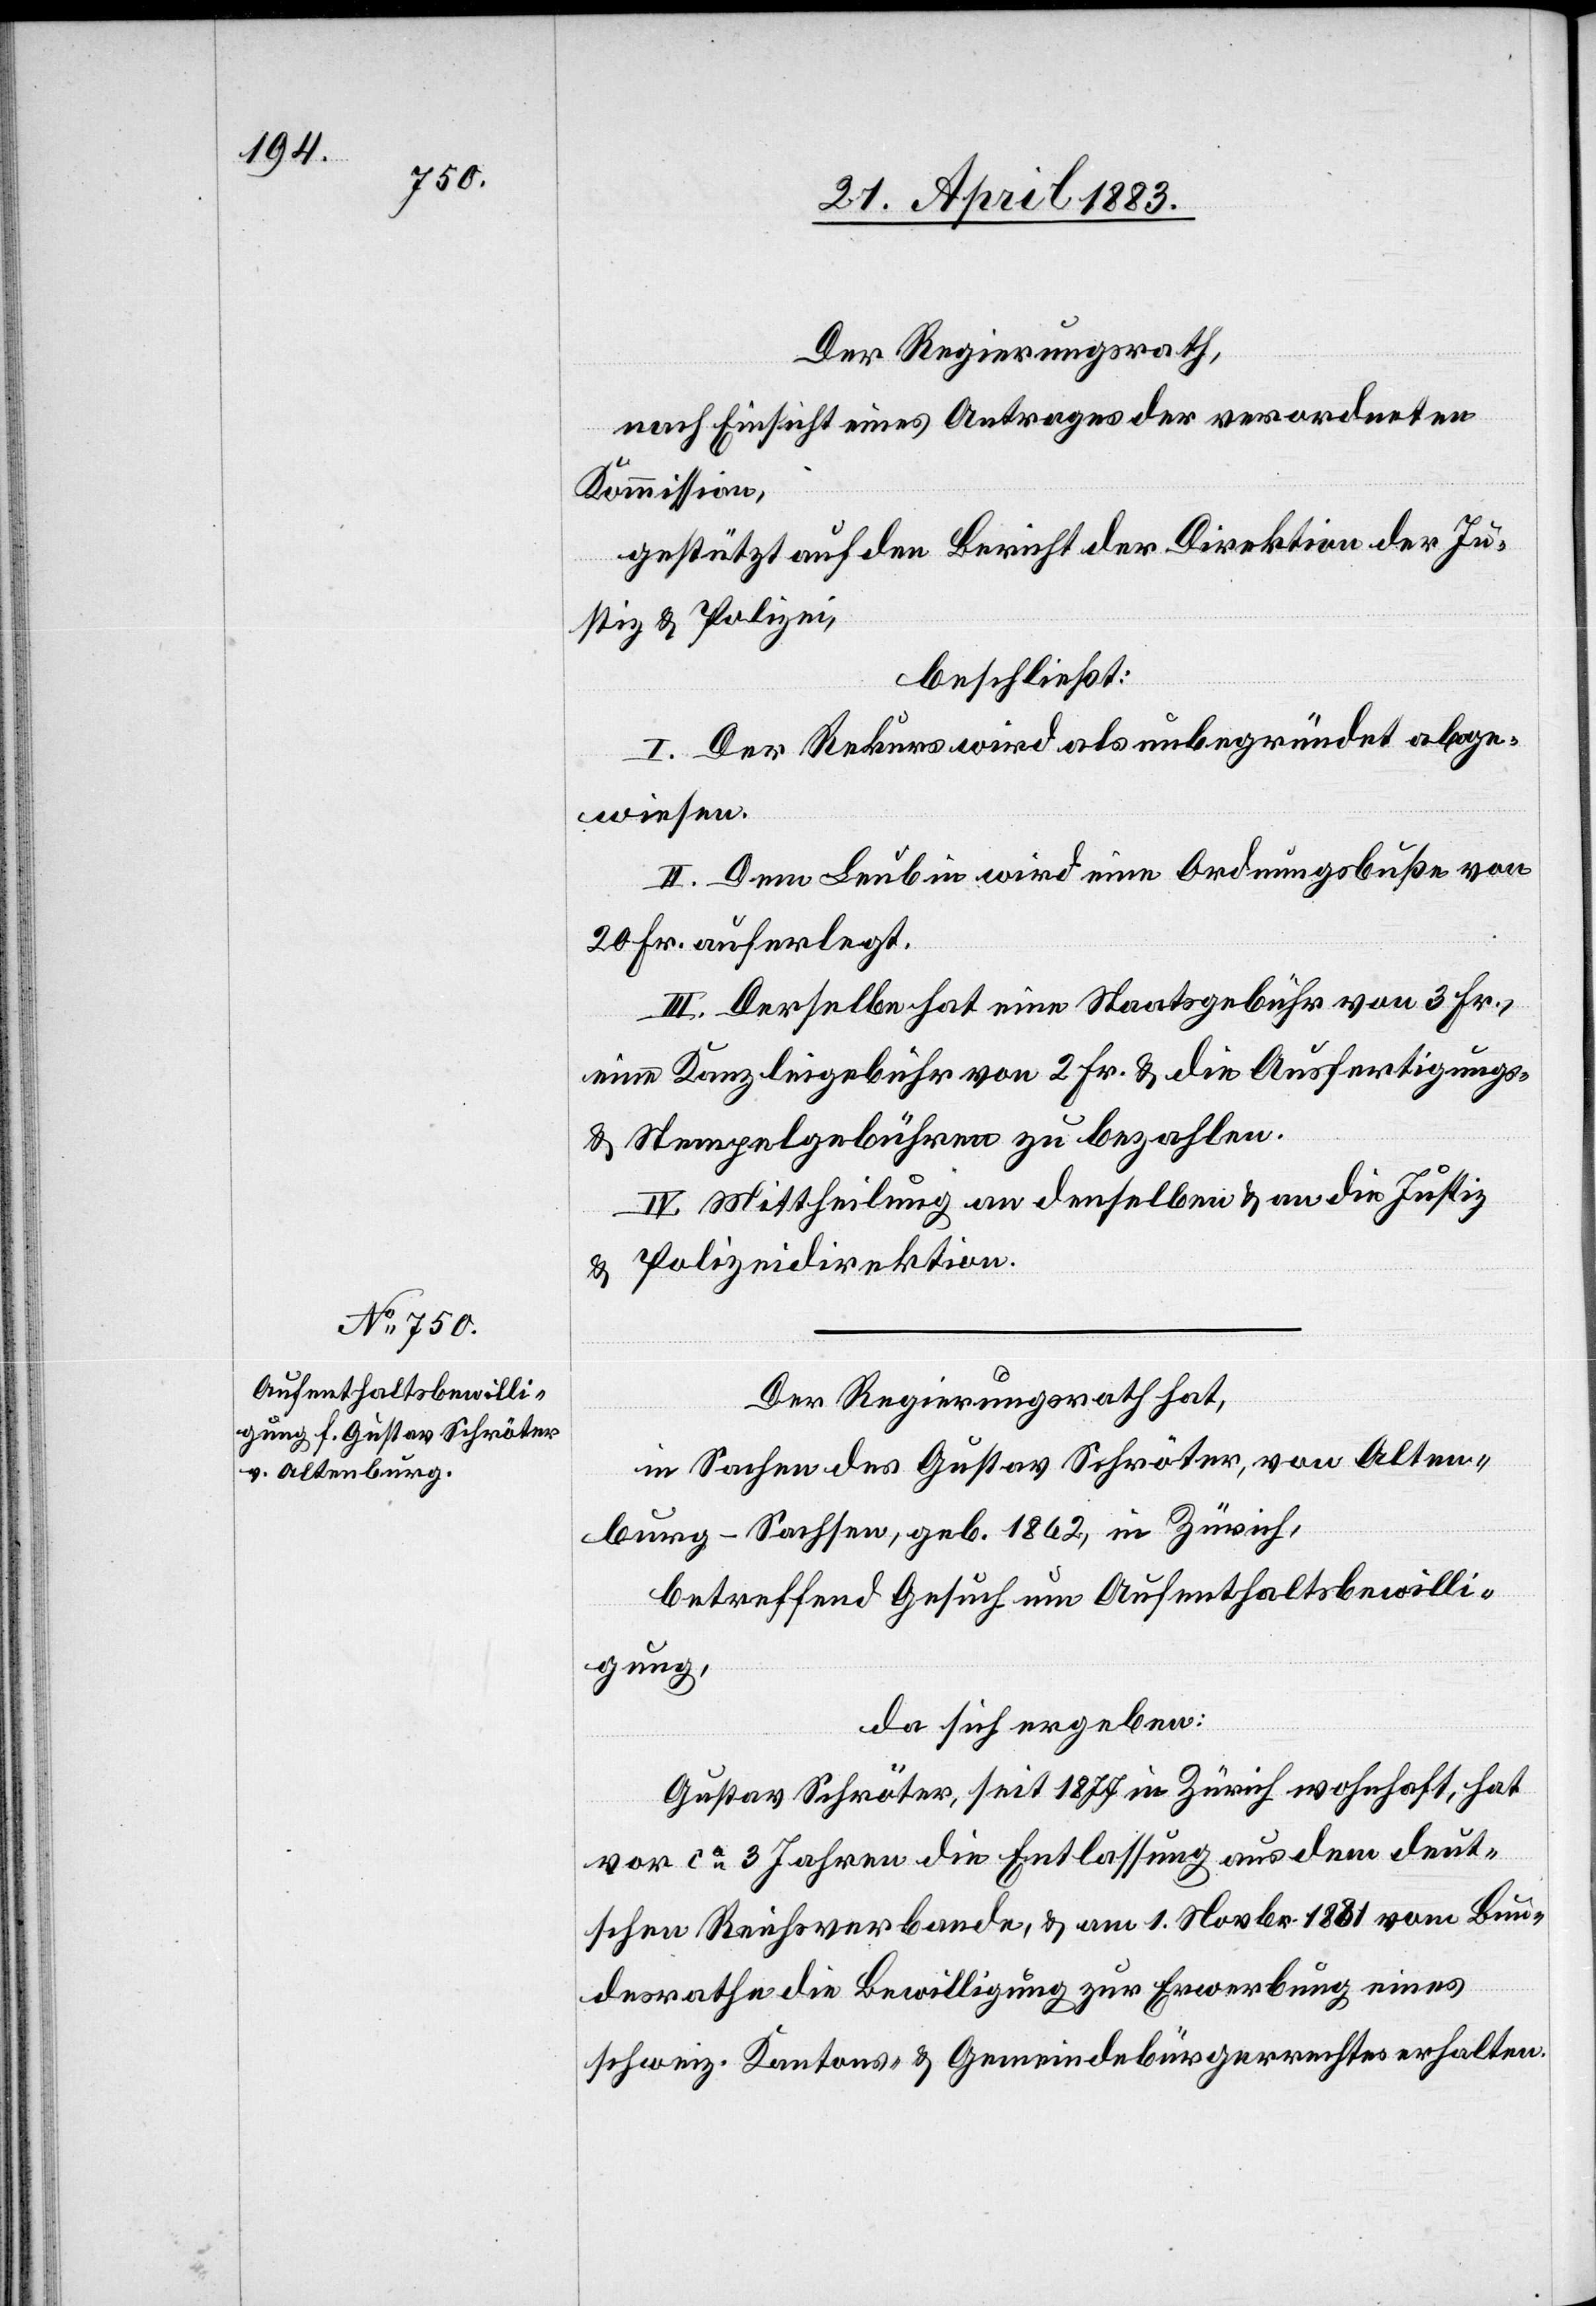
Der Regierungsrath,
nach Einsicht eines Antrages der verordneten
Kommission,
gestützt auf den Bericht der Direktion der Ju¬
stiz & Polizei,
beschließt:
I. Der Rekurs wird als unbegründet abge¬
wiesen.
II. Dem Leubin wird eine Ordnungsbuße von
20 Fr. auferlegt.
III. Derselbe hat eine Staatsgebühr von 3 Fr.,
eine Kanzleigebühr von 2 Fr. & die Ausfertigungs-
und Stempelgebühren zu bezahlen.
IV. Mittheilung an denselben & an die Justiz-
& Polizeidirektion.
Der Regierungsrath hat,
in Sachen des Gustav Schröter, von Alten¬
burg - Sachsen, geb. 1862, in Zürich,
betreffend Gesuch um Aufenthaltsbewilli¬
gung,
da sich ergeben:
Gustav Schröter, seit 1877 in Zürich wohnhaft, hat
vor ca 3 Jahren die Entlassung aus dem deut¬
schen Reichsverbande, & am 1. Novbr. 1881 vom Bun¬
desrathe die Bewilligung zur Erwerbung eines
schweiz. Kantons- & Gemeindebürgerrechtes erhalten.